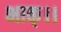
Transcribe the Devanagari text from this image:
भाक्।।